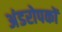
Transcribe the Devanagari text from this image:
अंडरोपकों